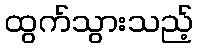
ထွက်သွားသည့်